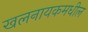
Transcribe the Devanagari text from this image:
खलनायकमधील